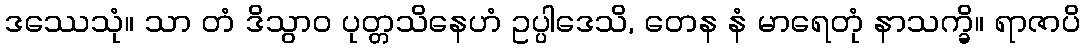
ဒဿေသုံ။ သာ တံ ဒိသွာဝ ပုတ္တသိနေဟံ ဥပ္ပါဒေသိ, တေန နံ မာရေတုံ နာသက္ခိ။ ရာဇာပိ